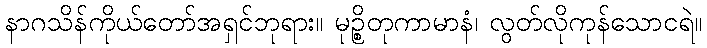
နာဂသိန်ကိုယ်တော်အရှင်ဘုရား။ မုဉ္စိတုကာမာနံ၊ လွတ်လိုကုန်သောငရဲ။